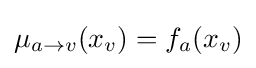
\mu _{a\to v}(x_{v})=f_{a}(x_{v})